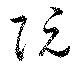
阮